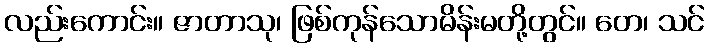
လည်းကောင်း။ ဇာတာသု၊ ဖြစ်ကုန်သောမိန်းမတို့တွင်။ တေ၊ သင်